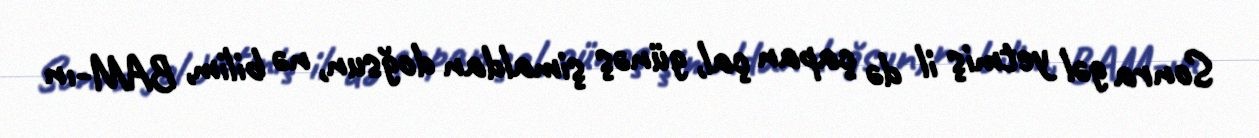
Sonra gəl yetmiş il də çapan çal, günəş şimaldan doğsun, nə bilim, BAM-ın